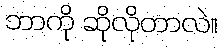
ဘာကို ဆိုလိုတာလဲ။